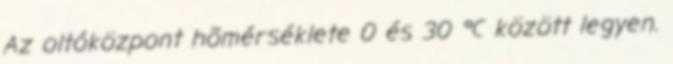
Az oltóközpont hõmérséklete 0 és 30 °C között legyen.